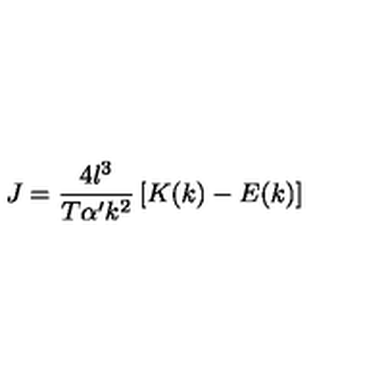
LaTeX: J = \frac { 4 l ^ { 3 } } { T \alpha ^ { \prime } k ^ { 2 } } \left[ K ( k ) - E ( k ) \right]